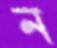
ন